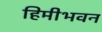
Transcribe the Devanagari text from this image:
हिमीभवन